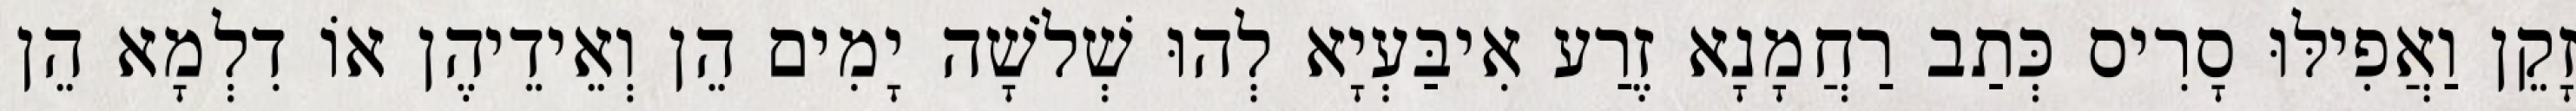
זָקֵן וַאֲפִילּוּ סָרִיס כְּתַב רַחֲמָנָא זֶרַע אִיבַּעְיָא לְהוּ שְׁלֹשָׁה יָמִים הֵן וְאֵידֵיהֶן אוֹ דִלְמָא הֵן